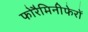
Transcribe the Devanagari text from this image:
फोरैमिनीफेरों